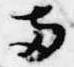
両